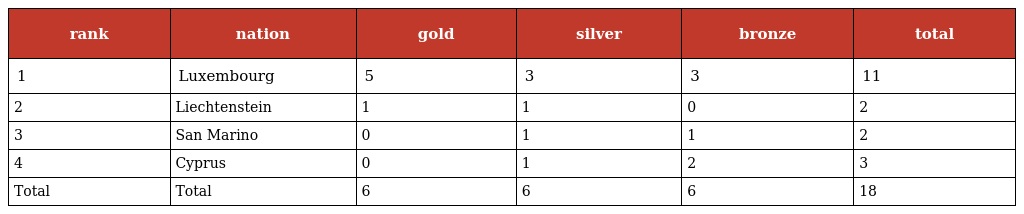
| rank | nation | gold | silver | bronze | total |
 | --- | --- | --- | --- | --- | --- |
 | 1 | Luxembourg | 5 | 3 | 3 | 11 |
 | 2 | Liechtenstein | 1 | 1 | 0 | 2 |
 | 3 | San Marino | 0 | 1 | 1 | 2 |
 | 4 | Cyprus | 0 | 1 | 2 | 3 |
 | Total | Total | 6 | 6 | 6 | 18 |